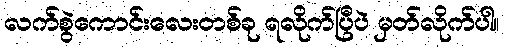
လက်စွဲကောင်းလေးတစ်ခု ရလိုက်ပြီပဲ မှတ်လိုက်ပါ။